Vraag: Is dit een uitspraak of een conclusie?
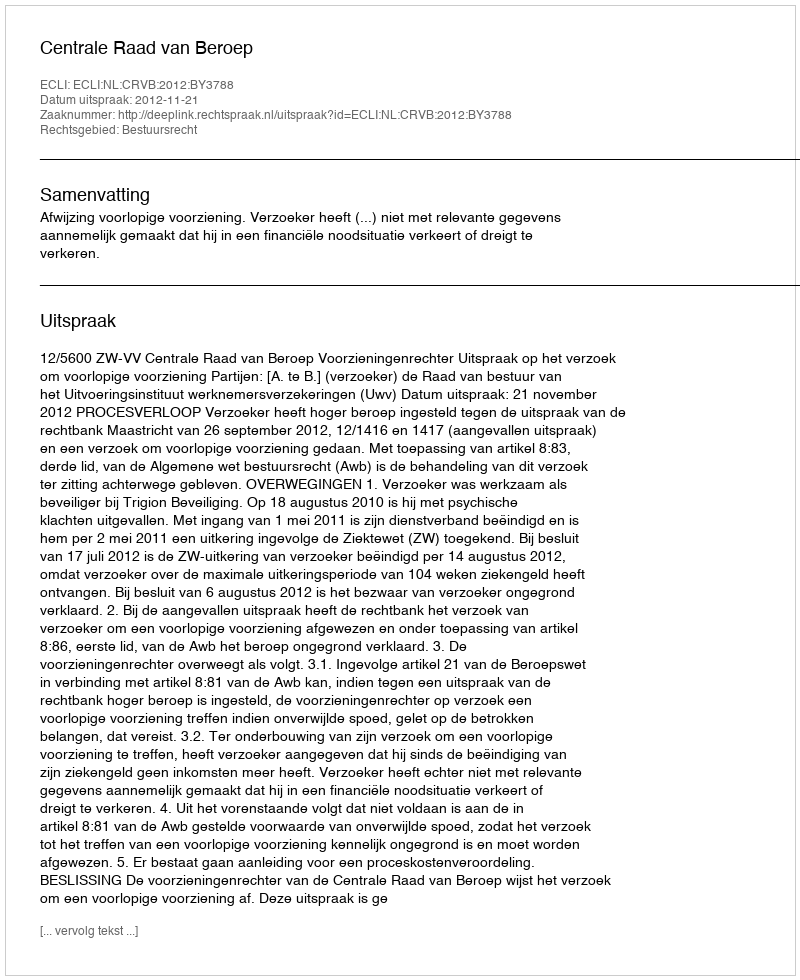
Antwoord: Uitspraak